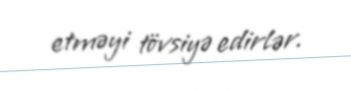
etməyi tövsiyə edirlər.